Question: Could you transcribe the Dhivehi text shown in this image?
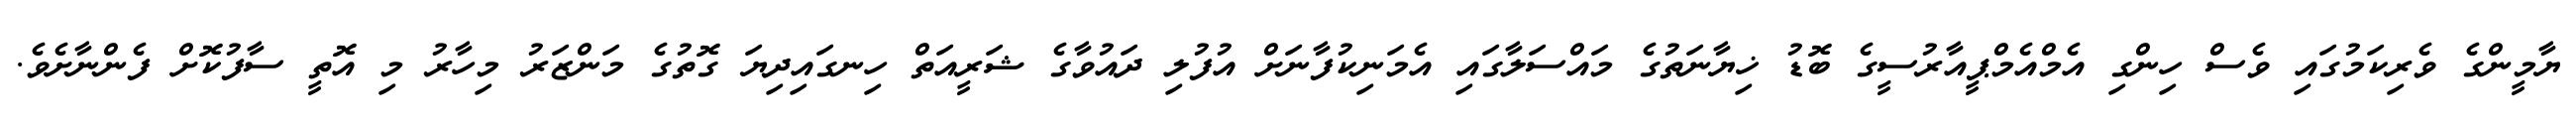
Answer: ޔާމީންގެ ވެރިކަމުގައި ވެސް ހިންގި އެމްއެމްޕީއާރުސީގެ ބޮޑު ޚިޔާނަތުގެ މައްސަލާގައި އެމަނިކުފާނަށް އުފުލި ދައުވާގެ ޝަރީއަތް ހިނގައިދިޔަ ގޮތުގެ މަންޒަރު މިހާރު މި އޮތީ ސާފުކޮށް ފެންނާށެވެ.